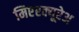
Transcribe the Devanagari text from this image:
मिएरक्यूरेअ